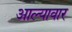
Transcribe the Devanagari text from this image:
आल्यावार